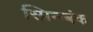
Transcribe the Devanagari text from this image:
स्प्रिन्ग्बंक